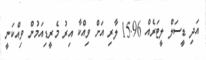
އަދި ޑީސަލް ލީޓަރެއް 15.96 ލާރި އަށް ވިއްކާ އިރު މެރީޑިއަމުން ވިއްކަނީ